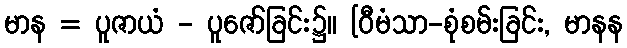
မာန = ပူဇာယံ - ပူဇော်ခြင်း၌။ [ဝီမံသာ-စုံစမ်းခြင်း, မာနန